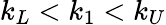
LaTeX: k_{L}<k_{1}<k_{U}